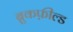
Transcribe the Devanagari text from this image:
ब्रुकफ़ील्ड